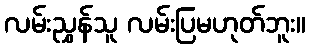
လမ်းညွှန်သူ လမ်းပြမဟုတ်ဘူး။